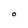
Character: O